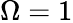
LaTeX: \Omega=1